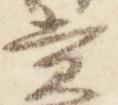
賞